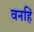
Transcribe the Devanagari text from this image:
वनहिं